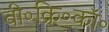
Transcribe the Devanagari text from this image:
वी॰क्रि॰कॉ॰